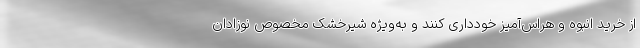
از خرید انبوه و هراس‌آمیز خودداری کنند و به‌ویژه شیرخشک مخصوص نوزادان